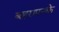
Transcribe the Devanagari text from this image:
बहरापनके